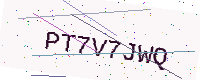
Text: PT7V7JWQ